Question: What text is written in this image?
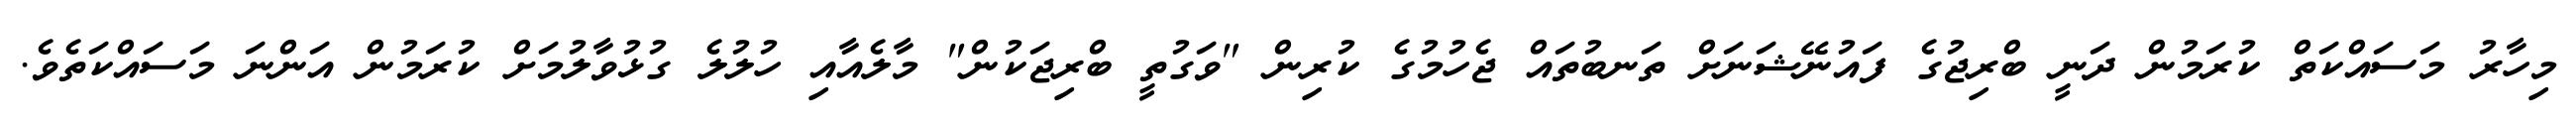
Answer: މިހާރު މަސައްކަތް ކުރަމުން ދަނީ ބްރިޖުގެ ފައުނޭޝަނަށް ތަނބުތައް ޖެހުމުގެ ކުރިން "ވަގުތީ ބްރިޖަކުން" މާލެއާއި ހުލުލެ ގުޅުވާލުމަށް ކުރަމުން އަންނަ މަސައްކަތެވެ.